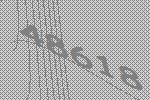
48618